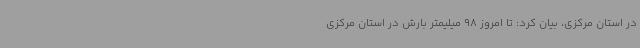
در استان مرکزی، بیان کرد: تا امروز 98 میلیمتر بارش در استان مرکزی